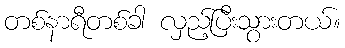
တစ်နာရီတစ်ခါ လှည့်ပြီးသွားတယ်။